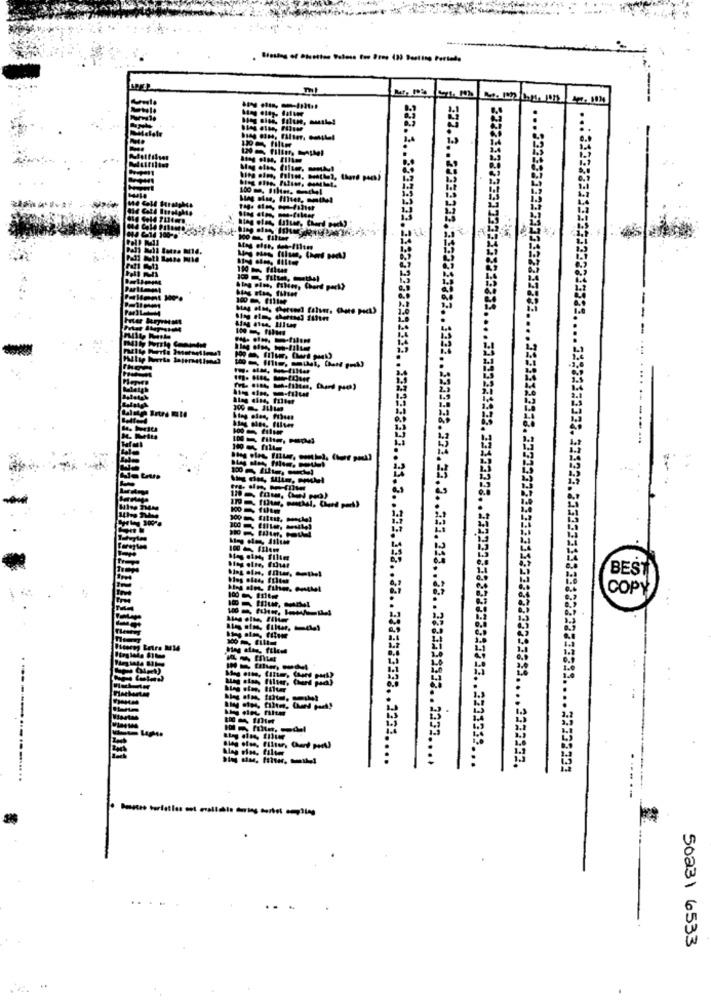
..
..
333133
3333333
322.3
100 fille
.33133223
100101
BES
COPY
38333 .. 23.3 .. 333.335 .. 38 .. 3333333338 .. 1331.
...
132232
50231 6533